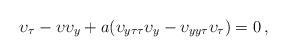
LaTeX: \begin{align*} {\upsilon}_{{\tau}}-{\upsilon}{\upsilon}_{{{y}}} +a ({\upsilon}_{{{y}}{\tau}{\tau}}{\upsilon}_{{{y}}}-{\upsilon}_{{{y}}{{y}}{\tau}} {\upsilon}_{{\tau}})=0\, , \end{align*}